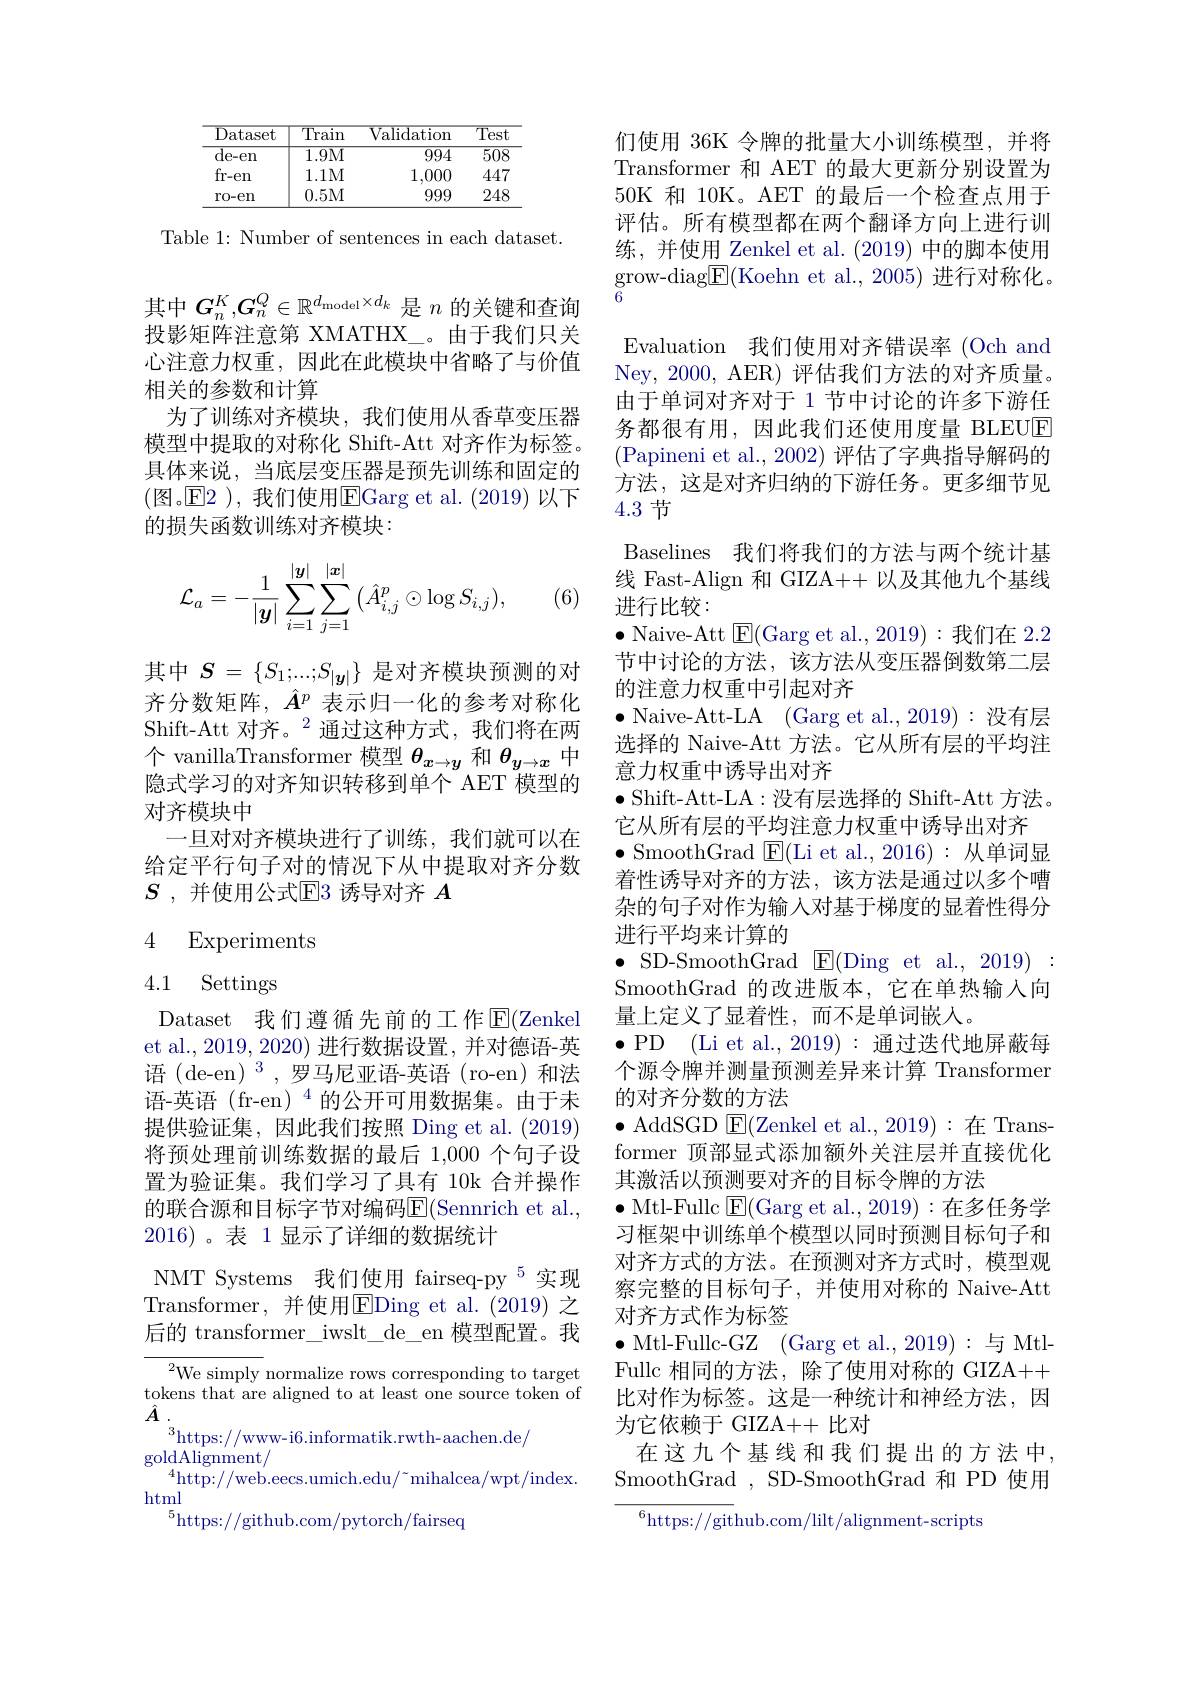
<table>
	<tbody>
		<tr>
			<th>${\mathrm{Dataset}}$</th>
			<th>$\overline{\text{Train}}$</th>
			<th>${\overline{{Validation}}}$</th>
			<th>$\overline{\text{Test}}$</th>
		</tr>
		<tr>
			<td>$\overline{\mathrm{de-en}}$</td>
			<td>1.9M</td>
			<td>$\overline{994}$</td>
			<td>$\overline{508}$</td>
		</tr>
		<tr>
			<td>fr-en</td>
			<td>1.1M</td>
			<td>1,000</td>
			<td>447</td>
		</tr>
		<tr>
			<td>ro-en</td>
			<td>0.5M</td>
			<td>999</td>
			<td>248</td>
		</tr>
	</tbody>
</table>

Table 1: Number of sentences in each dataset

其中$G_n^K,G_n^Q\in\mathbb{R}^{d_{\mathrm{model}}\times d_k}$是$n$的关键和查询投影矩阵注意第 XMATHX\_。由于我们只关心注意力权重，因此在此模块中省略了与价值相关的参数和计算
为了训练对齐模块，我们使用从香草变压器模型中提取的对称化 Shift-Att 对齐作为标签。具体来说，当底层变压器是预先训练和固定的(图。$\overline {\mathrm{E} }2$ ), 我们使用$\overline\mathrm{E}$Garg et al.(2019) 以下的损失函数训练对齐模块：
$$\mathcal{L}_a=-\frac{1}{|\boldsymbol{y}|}\sum_{i=1}^{|\boldsymbol{y}|}\sum_{j=1}^{|\boldsymbol{x}|}\big(\hat{A}_{i,j}^p\odot\log S_{i,j}\big),$$
(6)

其中$S=\{S_{1};...;S_{|\boldsymbol{y}|}\}$是对齐模块预测的对齐分数矩阵，$\hat{A}^p$表示归一化的参考对称化Shift-Att 对齐。$^{2}$通过这种方式，我们将在两个 vanillaTransformer 模型$\theta_{x\to y}$和$\theta_{y\to x}$中隐式学习的对齐知识转移到单个 AET 模型的对齐模块中
一日对对齐模块讲行了训练、我们就可以在给定平行句子对的情况下从中提取对齐分数$S$ ,并使用公式$\mathbb{E}$3 诱导对齐 $A$

## 4 Experiments

# 4.1 Settings

Dataset 我们遵循先前的工作$\overline{\mathrm{E}}($Zenkel et al., 2019, 2020) 进行数据设置，并对德语-英语 (de-en)$^3$,罗马尼亚语-英语(ro-en)和法语-英语 (fr-en)$^{4}$的公开可用数据集。由于未提供验证集，因此我们按照 Ding et al. (2019) 将预处理前训练数据的最后 1,000 个句子设置为验证集。我们学习了具有 10k 合并操作的联合源和目标字节对编码$\overline{\mathrm{E}}($Sennrich et al., 2016)。表 1显示了详细的数据统计
NMT Systems 我们使用 fairseq-py $^{5}$实现Transformer, 并使用$\overline\text{EDing et al.(2019)之}$

后的 transformer\_iwslt\_de\_en 模型配置。我

$^{2}$We simply normalize rows corresponding to target tokens that are aligned to at least one source token of $\hat{A}$ .
$^3$https://www-i6.informatik.rwth-aachen.de/
$\underset{41}{\operatorname*{\operatorname*{goldAlignment}}}/$
$^{4}$http://web.eecs.umich.edu/~mihalcea/wpt/index.
html
$^{5}$https://github.com/pytorch/fairseq

们使用 36K 令牌的批量大小训练模型，并将Transformer 和 AET 的最大更新分别设置为50K 和 10K。AET 的最后一个检查点用于评估。所有模型都在两个翻译方向上进行训练，并使用 Zenkel et al. (2019) 中的脚本使用$\underset{a}{\operatorname*{grow-diag}}\underline{{\mathrm{E}}}($Koehn et al.,2005)进行对称化。Evaluation 我们使用对齐错误率 (Och and Ney, 2000, AER) 评估我们方法的对齐质量。由于单词对齐对于 1 节中讨论的许多下游任务都很有用，因此我们还使用度量 BLEUE (Papineni et al., 2002) 评估了字典指导解码的方法，这是对齐归纳的下游任务。更多细节见4.3节

Baselines 我们将我们的方法与两个统计基线 Fast-Align 和 GIZA++ 以及其他九个基线进行比较：
$\bullet$ Naive-Att $\boxed{\mathrm{E}}($Garg et al.,2019):我们在 2.2节中讨论的方法，该方法从变压器倒数第二层的注意力权重中引起对齐
$\bullet$ Naive-Att-LA (Garg et al.,2019):没有层选择的 Naive-Att 方法。它从所有层的平均注意力权重中诱导出对齐
$\bullet$ Shift-Att-LA:没有层选择的 Shift-Att 方法。
它从所有层的平均注意力权重中诱导出对齐
$\bullet$ SmoothGrad $\boxed{\mathrm{E}}($Li et al.,2016):从单词显着性诱导对齐的方法，该方法是通过以多个嘈杂的句子对作为输入对基于梯度的显着性得分进行平均来计算的
$\bullet$SD-SmoothGrad$\boxtimes$E(Ding $et al. , 2019) :$ SmoothGrad 的改进版本，它在单热输入向量上定义了显着性，而不是单词嵌人。
$\bullet$PD (Li et al.,2019):通过迭代地屏蔽每个源令牌并测量预测差异来计算 Transformer 的对齐分数的方法
$\bullet$ AddSGD $\mathsf{E}($Zenkel et al., 2019):在 Transformer 顶部显式添加额外关注层并直接优化其激活以预测要对齐的目标令牌的方法
$\bullet$Mtl-Fullc $\underline{\mathrm{E}}($Garg et al., 2019):在多任务学习框架中训练单个模型以同时预测目标句子和对齐方式的方法。在预测对齐方式时，模型观察完整的目标句子，并使用对称的 Naive-Att 对齐方式作为标签
$\bullet$ Mtl-Fullc-GZ (Garg et al.,2019):与 MtlFullc 相同的方法，除了使用对称的 GIZA++ 比对作为标签。这是一种统计和神经方法，因为它依赖于 GIZA++ 比对
在这九个基线和我们提出的方法中SmoothGrad,SD-SmoothGrad 和 PD 使用

${^{6}\mathrm{https://git}}$hub.com/lilt/alignment-scripts